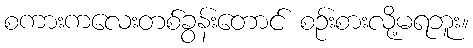
စကားကလေးတစ်ခွန်းတောင် စဉ်းစားလို့မရဘူး။